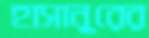
হাসানুরের